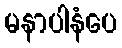
မနာပါနံပေ